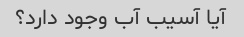
آیا آسیب آب وجود دارد؟